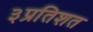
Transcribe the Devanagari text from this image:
३प्रतिशत